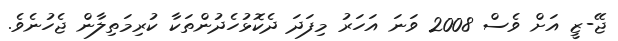
ޖޭ-ޒީ އަށް ވެސް 2008 ވަނަ އަހަރު މިފަދަ ދެކޮޅުހެދުންތަކާ ކުރިމަތިލާން ޖެހުނެވެ.